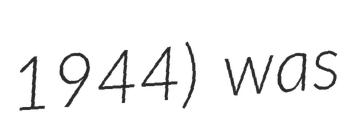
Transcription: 1944) was